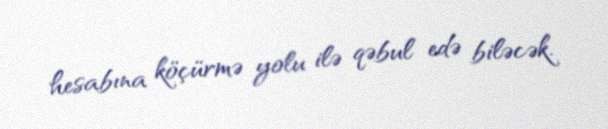
hesabına köçürmə yolu ilə qəbul edə biləcək.